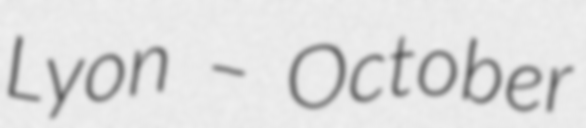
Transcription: Lyon – October